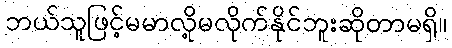
ဘယ်သူဖြင့်မမာလို့မလိုက်နိုင်ဘူးဆိုတာမရှိ။